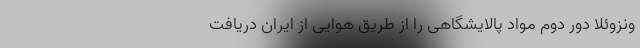
ونزوئلا دور دوم مواد پالایشگاهی را از طریق هوایی از ایران دریافت